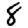
Digit: 8